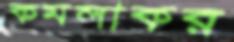
কমলাকর